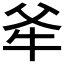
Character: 𭷕